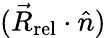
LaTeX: ({\vec{R}_{\mathrm{rel}}}\cdot{\hat{n}})